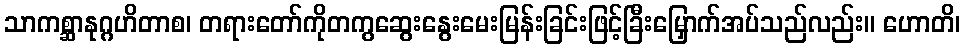
သာကစ္ဆာနုဂ္ဂဟိတာစ၊ တရားတော်ကိုတကွဆွေးနွေးမေးမြန်းခြင်းဖြင့်ခြီးမြှောက်အပ်သည်လည်း။ ဟောတိ၊